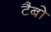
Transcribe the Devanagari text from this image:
टैबो